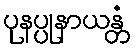
ပုနပ္ပုနာယန္တံ